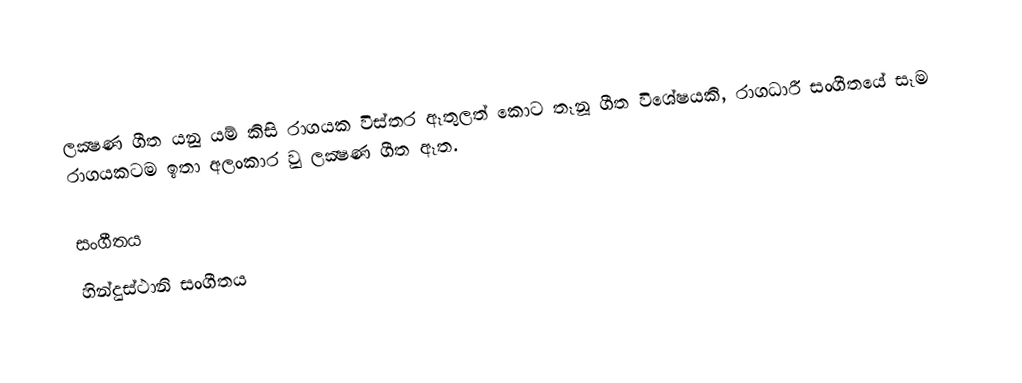
ලක්‍ෂණ ගීත යනු යම් කිසි රාගයක විස්තර ඈතුලත් කොට තෑනූ ගීත විශේෂයකි, රාගධාරී සංගීතයේ සෑම රාගයකටම ඉතා අලංකාර වු  ලක්‍ෂණ ගීත ඈත.

සංගීතය
හින්දුස්ථානි සංගීතය